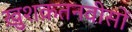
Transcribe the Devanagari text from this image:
ख़ुशक़तनवीसों